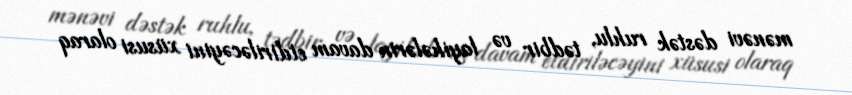
mənəvi dəstək ruhlu, tədbir və layihələrin davam etdiriləcəyini xüsusi olaraq